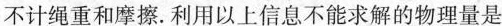
B.动滑轮的重力